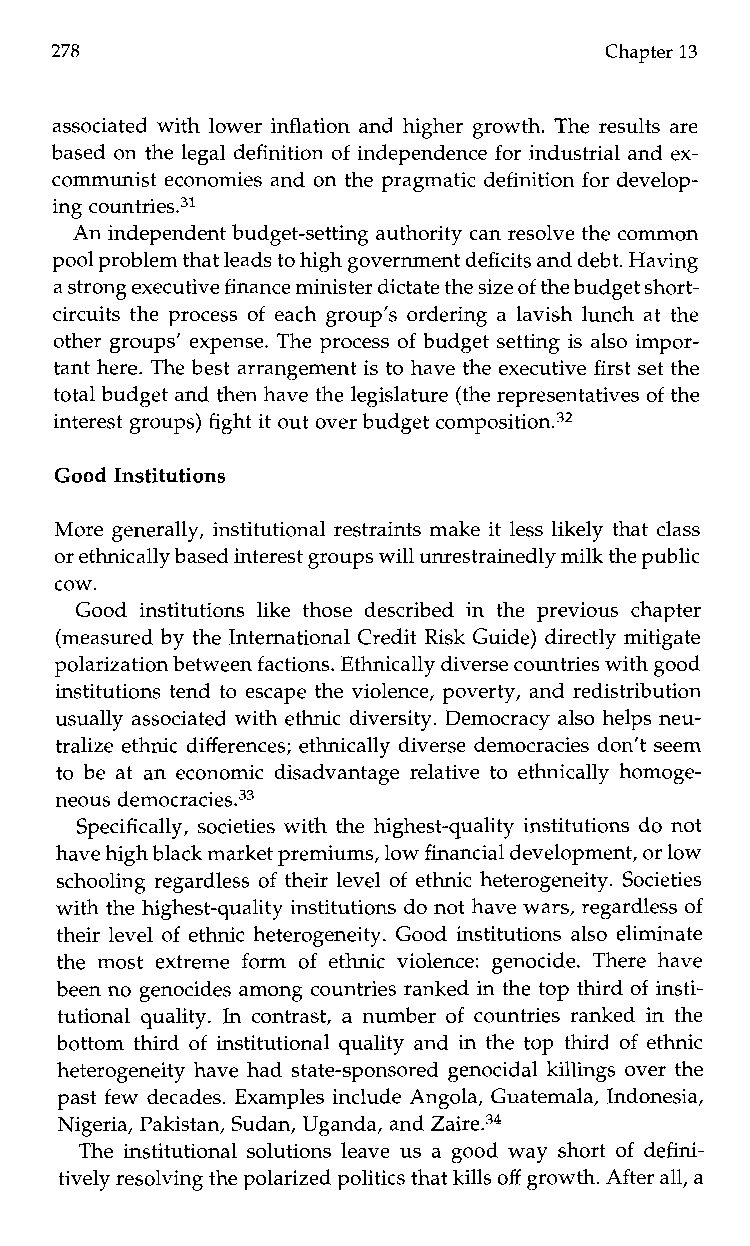
278                                  Chapter 13
 associated with lower inflation and higher growth. The results are
 based on the legal definition of independence for industrial and ex-
 communist economies and on the pragmatic definition for develop-
 ing c~untries.~~
 An independent budget-setting authority can resolve the common
 pool problem that leads to high governmdeenfitc its and debt. Having
 a strong executivfein ance minister dictate thsei ze of the budget short-
 circuits the process of each group’s ordering a lavish lunch at the
 other groups’ expense. The process of budget setting is also impor-
 tant here. The best arrangement is to have the executivef irst set the
 total budget and then have the legislature (the representatiovfe sth e
 interest groups) fighti t out over budget compositi~n.~~
 Good Institutions
 More generally, institutional restraints make it less likely that class
 or ethnically based interest groups will unrestrainmedillky the public
 cow.
 Good institutions like thosed escribedi nt hep reviousc hapter
 (measured by the International Credit Risk Guide) directly mitigate
 polarization betweenf actions. Ethnically diverse countries with good
 institutions tend to escape the violence, poverty, and redistribution
 usually associated with ethnic diversity. Democracy also helps neu-
 tralize ethnic differences; ethnically diverse democracies don’t seem
 to be at an economic disadvantage relative to ethnically homoge-
 neous demo~racies.~~
 Specifically, societies with the highest-quality institutions do not
 have highb lack market premiums,l ow financial development,o r low
 schooling regardless of their level of ethnic heterogeneity. Societies
 with the highest-quality institutions do not have wars, regardlesso f
 their level of ethnic heterogeneity. Good institutions also eliminate
 the most extremef orm of ethnic violence: genocide. There have
 been no genocides among countries ranked in the top third of insti-
 tutional quality. In contrast, a number of countries ranked in the
 bottom third of institutional quality and in the top third of ethnic
 heterogeneity have had state-sponsored genocidal killings over the
 past few decades. Examples include Angola, Guatemala, Indonesia,
 Nigeria, Pakistan, Sudan, Uganda,a nd Zaire.34
 The institutional solutions leave us a good way short of defini-
 tively resolving the polarized politics thkati lls off growth. After all, a